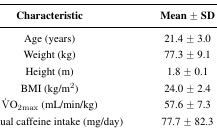
| Characteristic | Mean ± SD |
 | --- | --- |
 | Age (years) | 21.4 ± 3.0 |
 | Weight (kg) | 77.3 ± 9.1 |
 | Height (m) | 1.8 ± 0.1 |
 | BMI (kg/m2) | 24.0 ± 2.4 |
 | V̇O2max (mL/min/kg) | 57.6 ± 7.3 |
 | Habitual caffeine intake (mg/day) | 77.7 ± 82.3 |